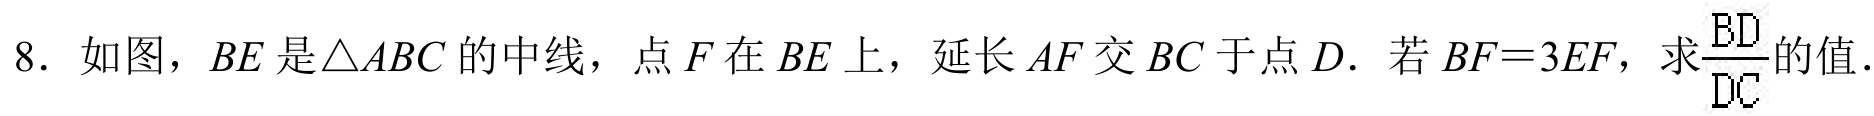
8. 如图，$BE$是$\triangle ABC$的中线，点$F$在$BE$上，延长$AF$交$BC$于点$D$．若$BF = 3EF$，求$\dfrac{BD}{DC}$的值．